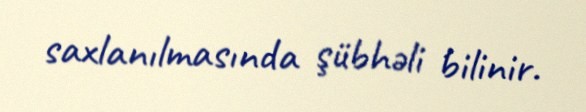
saxlanılmasında şübhəli bilinir.